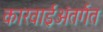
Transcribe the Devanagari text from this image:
कारवाईअंतर्गत